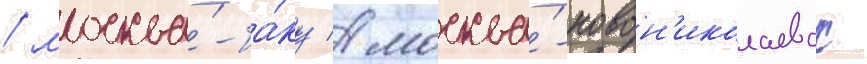
/ москва́-ба́ку / москва́-новон'иколаевск